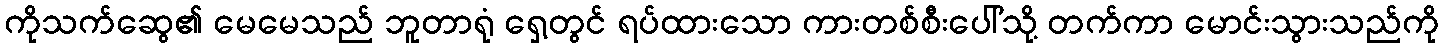
ကိုသက်ဆွေ၏ မေမေသည် ဘူတာရုံ ရှေ့တွင် ရပ်ထားသော ကားတစ်စီးပေါ်သို့ တက်ကာ မောင်းသွားသည်ကို